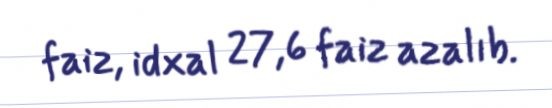
faiz, idxal 27,6 faiz azalıb.